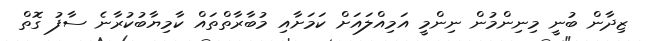
ޒިދާން ބުނީ މިނިންމުން ނިންމީ އަމިއްލައަށް ކަމަށާއި މުބާރާތްތައް ކާމިޔާބުކުރާނެ ސާފު ގޮތް